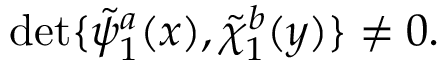
\operatorname * { d e t } \{ \tilde { \psi } _ { 1 } ^ { a } ( x ) , \tilde { \chi } _ { 1 } ^ { b } ( y ) \} \neq 0 .